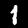
Digit: 1